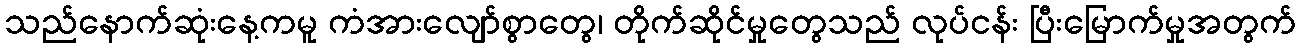
သည်နောက်ဆုံးနေ့ကမူ ကံအားလျော်စွာတွေ၊ တိုက်ဆိုင်မှုတွေသည် လုပ်ငန်း ပြီးမြောက်မှုအတွက်